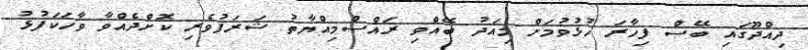
ދިއްދޫގައި ބޭސް ފިހާރަ ހުޅުވުމަށް މިއަދު ބޭއްވި ރައްސްމިއްޔާތު ޝަރަފުވެރި ކޮށްދެއްވާ ވާހަކަފުޅު